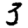
Digit: 3